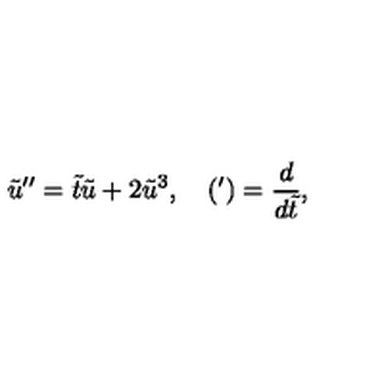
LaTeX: \tilde { u } ^ { \prime \prime } = \tilde { t } \tilde { u } + 2 \tilde { u } ^ { 3 } , \quad ( { } ^ { \prime } ) = \frac { d } { d \tilde { t } } ,